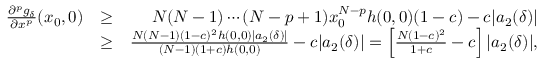
\begin{array} { r l r } { \frac { \partial ^ { p } g _ { \delta } } { \partial x ^ { p } } ( x _ { 0 } , 0 ) } & { \geq } & { N ( N - 1 ) \cdots ( N - p + 1 ) x _ { 0 } ^ { N - p } h ( 0 , 0 ) ( 1 - c ) - c | a _ { 2 } ( \delta ) | } \\ & { \geq } & { \frac { N ( N - 1 ) ( 1 - c ) ^ { 2 } h ( 0 , 0 ) | a _ { 2 } ( \delta ) | } { ( N - 1 ) ( 1 + c ) h ( 0 , 0 ) } - c | a _ { 2 } ( \delta ) | = \left[ \frac { N ( 1 - c ) ^ { 2 } } { 1 + c } - c \right] | a _ { 2 } ( \delta ) | , } \end{array}